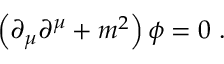
\left( \partial _ { \mu } \partial ^ { \mu } + m ^ { 2 } \right) \phi = 0 ~ .